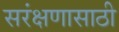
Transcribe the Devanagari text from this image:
सरंक्षणासाठी